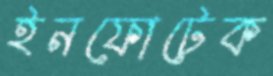
ইনফোটেক